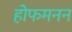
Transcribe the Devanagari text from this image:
होफमनन